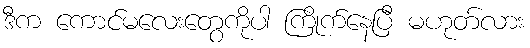
ဒီက ကောင်မလေးတွေကိုပါ ကြိုက်နေပြီ မဟုတ်လား